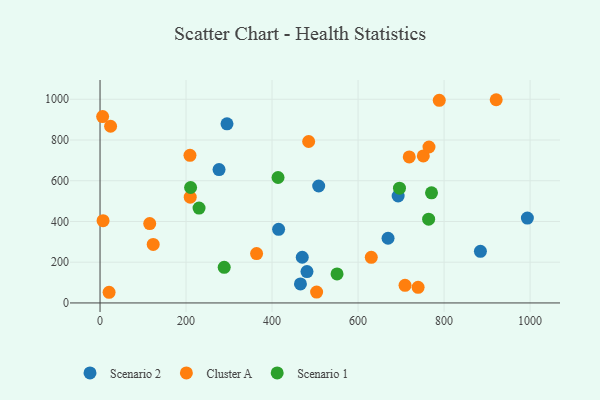
{"axis": {"x": "Distance", "y": "Yield"}, "legend": ["Cluster A", "Scenario 1", "Scenario 2"], "data": [{"x": "470.2", "y": 224.3, "type": "Scenario 2"}, {"x": "295.2", "y": 879.3, "type": "Scenario 2"}, {"x": "993.7", "y": 416.7, "type": "Scenario 2"}, {"x": "276.7", "y": 654.7, "type": "Scenario 2"}, {"x": "415.2", "y": 361.3, "type": "Scenario 2"}, {"x": "466.0", "y": 93.2, "type": "Scenario 2"}, {"x": "481.2", "y": 153.8, "type": "Scenario 2"}, {"x": "693.2", "y": 525.1, "type": "Scenario 2"}, {"x": "669.7", "y": 317.7, "type": "Scenario 2"}, {"x": "884.5", "y": 253.4, "type": "Scenario 2"}, {"x": "508.4", "y": 574.1, "type": "Scenario 2"}, {"x": "7.0", "y": 404.0, "type": "Cluster A"}, {"x": "6.0", "y": 915.1, "type": "Cluster A"}, {"x": "503.6", "y": 53.6, "type": "Cluster A"}, {"x": "751.7", "y": 721.9, "type": "Cluster A"}, {"x": "630.7", "y": 223.9, "type": "Cluster A"}, {"x": "24.5", "y": 867.6, "type": "Cluster A"}, {"x": "921.2", "y": 997.7, "type": "Cluster A"}, {"x": "21.0", "y": 52.4, "type": "Cluster A"}, {"x": "364.0", "y": 242.6, "type": "Cluster A"}, {"x": "739.6", "y": 76.7, "type": "Cluster A"}, {"x": "209.7", "y": 519.3, "type": "Cluster A"}, {"x": "123.6", "y": 287.1, "type": "Cluster A"}, {"x": "788.8", "y": 994.6, "type": "Cluster A"}, {"x": "709.2", "y": 86.5, "type": "Cluster A"}, {"x": "764.9", "y": 765.7, "type": "Cluster A"}, {"x": "209.1", "y": 724.5, "type": "Cluster A"}, {"x": "115.5", "y": 389.8, "type": "Cluster A"}, {"x": "719.0", "y": 717.1, "type": "Cluster A"}, {"x": "485.1", "y": 792.7, "type": "Cluster A"}, {"x": "551.1", "y": 142.6, "type": "Scenario 1"}, {"x": "230.2", "y": 465.6, "type": "Scenario 1"}, {"x": "413.9", "y": 615.8, "type": "Scenario 1"}, {"x": "696.3", "y": 563.5, "type": "Scenario 1"}, {"x": "210.6", "y": 566.8, "type": "Scenario 1"}, {"x": "764.1", "y": 411.4, "type": "Scenario 1"}, {"x": "770.8", "y": 540.5, "type": "Scenario 1"}, {"x": "288.7", "y": 174.7, "type": "Scenario 1"}]}